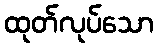
ထုတ်လုပ်သော